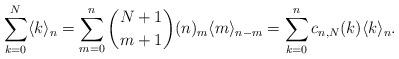
LaTeX: \begin{align*} \sum_{k=0}^N \langle k \rangle _n= \sum_{m=0}^n \binom{N+1}{m+1}(n)_m \langle m \rangle _{n-m}=\sum_{k=0}^n c_{n,N}(k) \langle k \rangle _n.\end{align*}